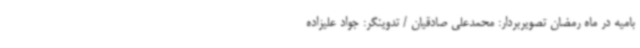
بامیه در ماه رمضان تصویربردار: محمدعلی صادقیان / تدوینگر: جواد علیزاده